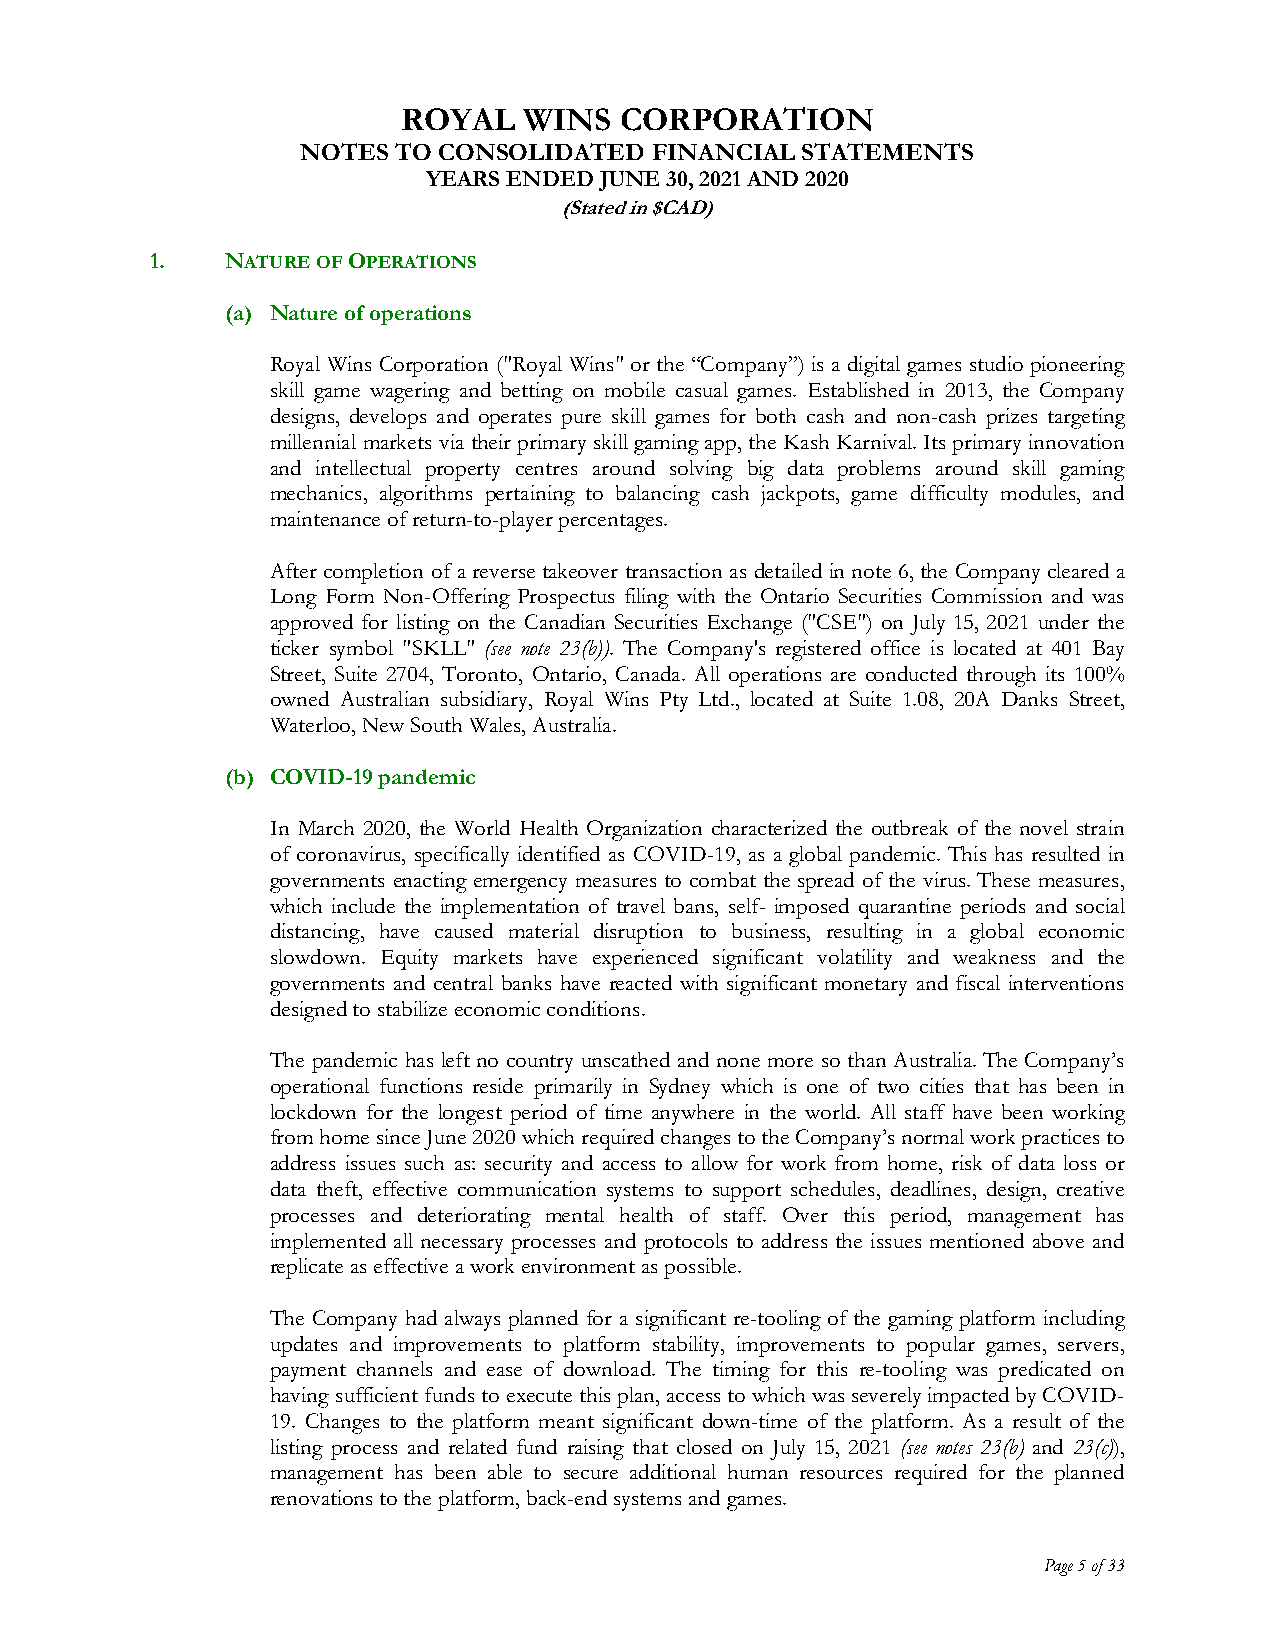
ROYAL   WINS  CORPORATION
 NOTES TO CONSOLIDATED  FINANCIAL STATEMENTS
 YEARS ENDED JUNE 30, 2021 AND 2020
 (Stated in $CAD)
 1.   NATUREOF OPERATIONS
 (a) Nature of operations
 Royal Wins Corporation ("Royal Wins" or the “Company”) is a digital games studio pioneering
 skill game wagering and betting on mobile casual games. Established in 2013, the Company
 designs, develops and operates pure skill games for both cash and non-cash prizes targeting
 millennial markets via their primary skill gaming app, the Kash Karnival. Its primary innovation
 and intellectual property centres around solving big data problems around skill gaming
 mechanics, algorithms pertaining to balancing cash jackpots, game difficulty modules, and
 maintenance of return-to-player percentages.
 After completion of a reverse takeover transaction as detailed in note 6, the Company cleared a
 Long Form Non-Offering Prospectus filing with the Ontario Securities Commission and was
 approved for listing on the Canadian Securities Exchange ("CSE") on July 15, 2021 under the
 ticker symbol "SKLL" (see note 23(b)). The Company's registered office is located at 401 Bay
 Street, Suite 2704, Toronto, Ontario, Canada. All operations are conducted through its 100%
 owned Australian subsidiary, Royal Wins Pty Ltd., located at Suite 1.08, 20A Danks Street,
 Waterloo, New South Wales, Australia.
 (b) COVID-19 pandemic
 In March 2020, the World Health Organization characterized the outbreak of the novel strain
 of coronavirus, specifically identified as COVID-19, as a global pandemic. This has resulted in
 governments enacting emergency measures to combat the spread of the virus. These measures,
 which include the implementation of travel bans, self- imposed quarantine periods and social
 distancing, have caused material disruption to business, resulting in a global economic
 slowdown. Equity markets have experienced significant volatility and weakness and the
 governments and central banks have reacted with significant monetary and fiscal interventions
 designed to stabilize economic conditions.
 The pandemic has left no country unscathed and none more so than Australia. The Company’s
 operational functions reside primarily in Sydney which is one of two cities that has been in
 lockdown for the longest period of time anywhere in the world. All staff have been working
 from home since June 2020 which required changes to the Company’s normal work practices to
 address issues such as: security and access to allow for work from home, risk of data loss or
 data theft, effective communication systems to support schedules, deadlines, design, creative
 processes and deteriorating mental health of staff. Over this period, management has
 implemented all necessary processes and protocols to address the issues mentioned above and
 replicate as effective a work environment as possible.
 The Company had always planned for a significant re-tooling of the gaming platform including
 updates and improvements to platform stability, improvements to popular games, servers,
 payment channels and ease of download. The timing for this re-tooling was predicated on
 having sufficient funds to execute this plan, access to which was severely impacted by COVID-
 19. Changes to the platform meant significant down-time of the platform. As a result of the
 listing process and related fund raising that closed on July 15, 2021 (see notes 23(b) and 23(c)),
 management has been able to secure additional human resources required for the planned
 renovations to the platform, back-end systems and games.
 Page 5 of 33